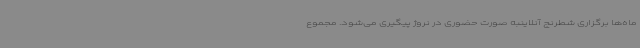
ماه‌ها برگزاری شطرنج آنلاینبه صورت حضوری در نروژ پیگیری می‌شود. مجموع